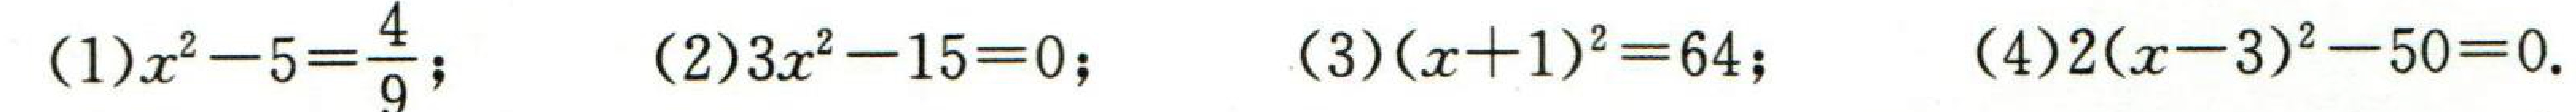
(1)\(x^{2}-5 = \dfrac{4}{9}\); (2)\(3x^{2}-15 = 0\); (3)\((x + 1)^{2}=64\); (4)\(2(x - 3)^{2}-50 = 0\).